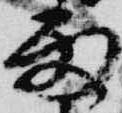
雨